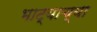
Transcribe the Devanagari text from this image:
भाट्याच्या